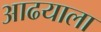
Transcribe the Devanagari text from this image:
आढयाला